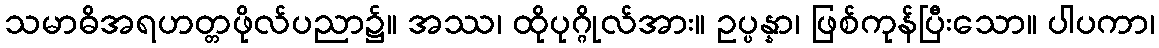
သမာဓိအရဟတ္တဖိုလ်ပညာ၌။ အဿ၊ ထိုပုဂ္ဂိုလ်အား။ ဥပ္ပန္နာ၊ ဖြစ်ကုန်ပြီးသော။ ပါပကာ၊